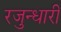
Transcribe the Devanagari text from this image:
रजुन्धारी